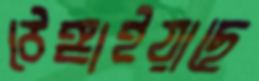
ঠেঙ্গাইয়াছে